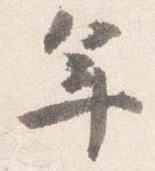
年